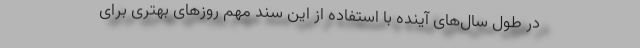
در طول سال‌های آینده با استفاده از این سند مهم روزهای بهتری برای